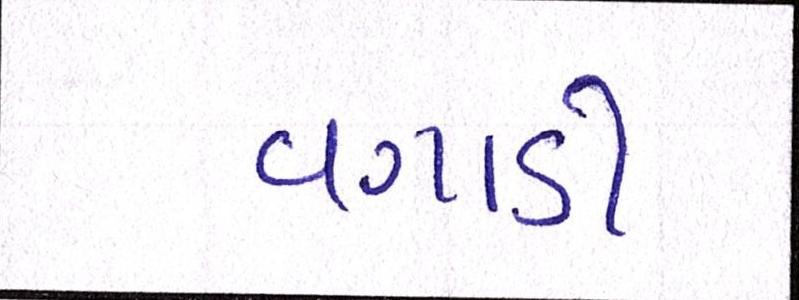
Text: વગાડી